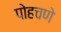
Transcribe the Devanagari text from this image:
पोहचणे